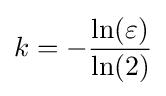
k=-{\frac {\ln(\varepsilon )}{\ln(2)}}